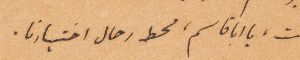
انت يا أبا قاسم محط رحال اختبارنا